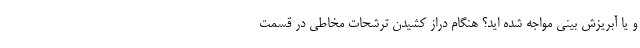
و یا آبریزش بینی مواجه شده اید؟ هنگام دراز کشیدن ترشحات مخاطی در قسمت